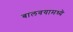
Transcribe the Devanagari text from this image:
बालवयामध्ये